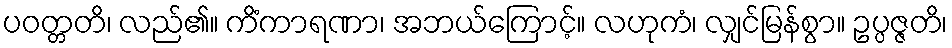
ပဝတ္တတိ၊ လည်၏။ ကိံကာရဏာ၊ အဘယ်ကြောင့်။ လဟုကံ၊ လျှင်မြန်စွာ။ ဥပ္ပဇ္ဇတိ၊